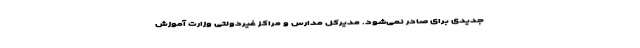
جدیدی برای صادر نمی‌شود. مدیرکل مدارس و مراکز غیردولتی وزارت آموزش